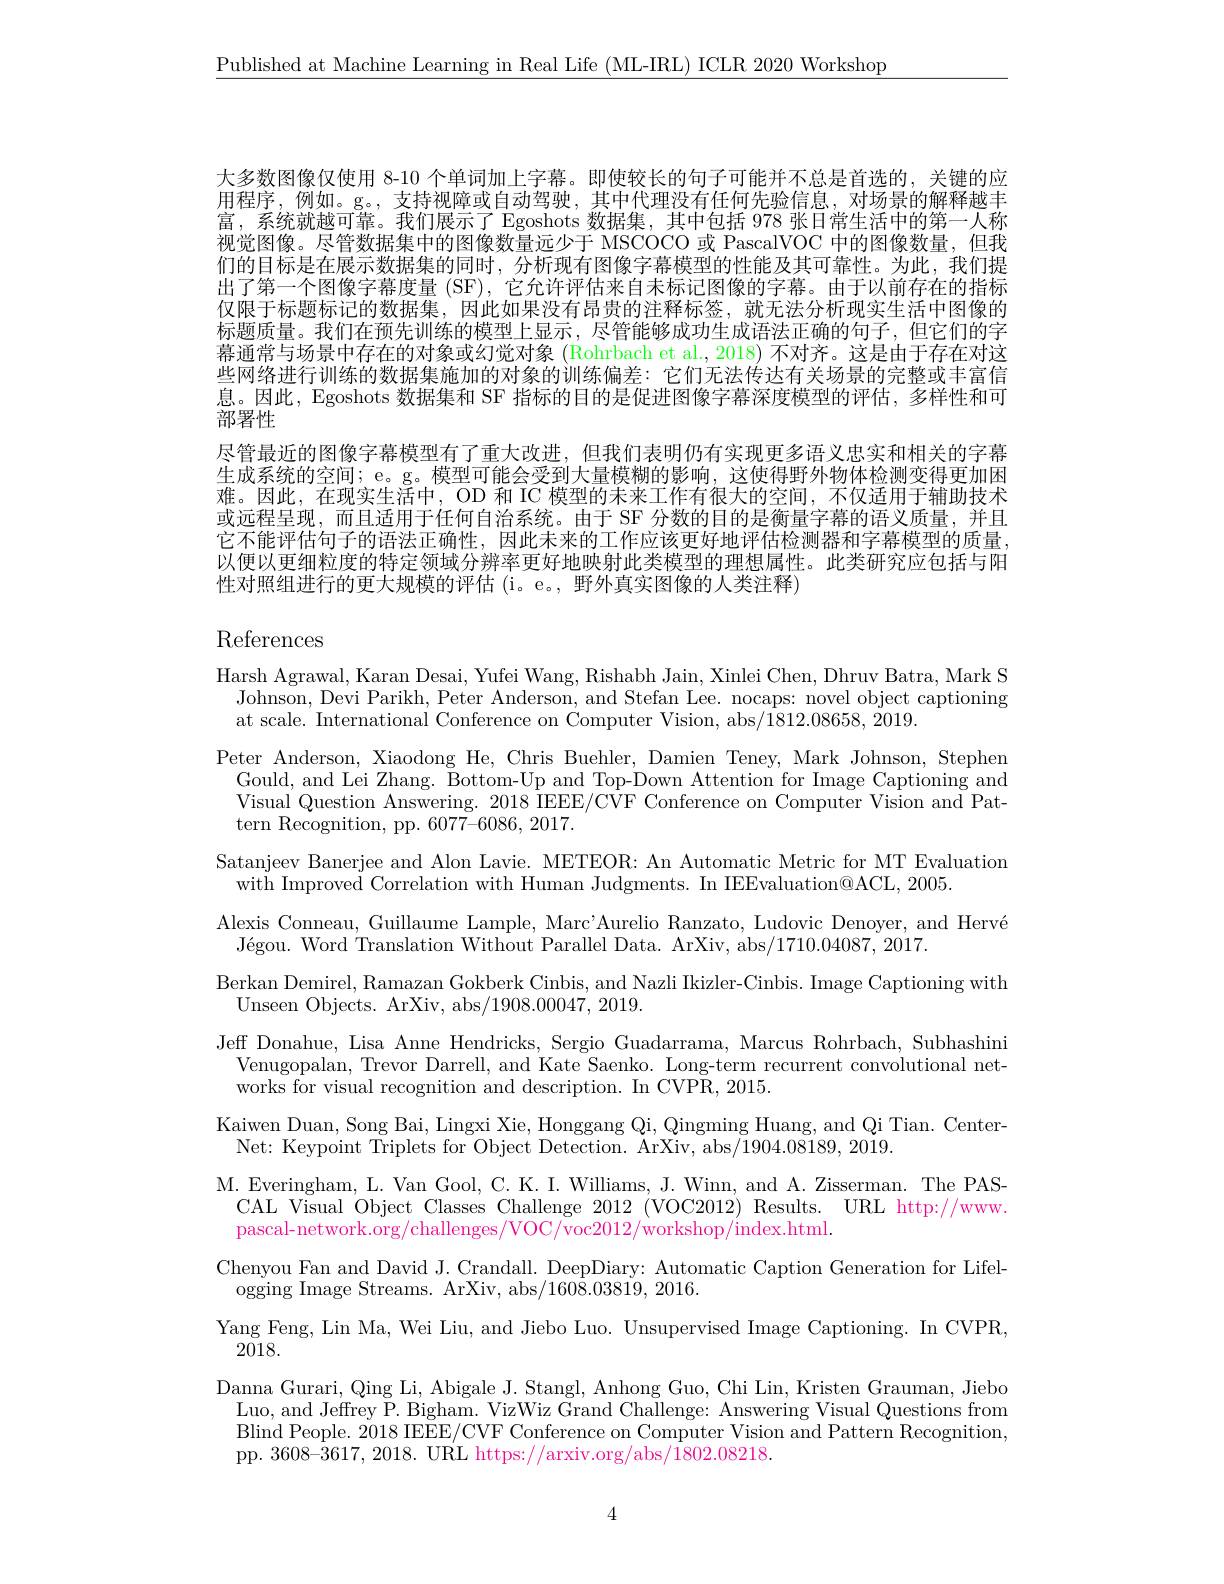
$\underline{\text{Published at Machine Learning in Real Life (ML-IRL) ICLR 2020 Workshop}}$

大多数图像仅使用 8-10 个单词加上字幕。即使较长的句子可能并不总是首选的，关键的应用程序，例如。g。,支持视障或自动驾驶，其中代理没有任何先验信息，对场景的解释越丰官 $z_{2}$位非城可告 企行显三乙$z_{2}$ 数中华 出中台托 078 北口学生活中的签富，系统就越可靠。我们展示了 Egoshots 数据集，其中包括 978 张日常生活中的第一人称视觉图像。尽管数据集中的图像数量远少于 MSCOCO 或 PascalVOC 中的图像数量，但我们的目标是在展示数据集的同时，分析现有图像字幕模型的性能及其可靠性。为此，我们提出了第一个图像字幕度量 (SF), 它允许评估来自未标记图像的字幕。由于以前存在的指标仅限于标题标记的数据集，因此如果没有昂贵的注释标签，就无法分析现实生活中图像的标题质量。我们在预先训练的模型上显示，尽管能够成功生成语法正确的句子，但它们的字幕通常与场景中存在的对象或幻觉对象 (Rohrbach et al., 2018) 不对齐。这是由于存在对这些网络进行训练的数据集施加的对象的训练偏差：它们无法传达有关场景的完整或丰富信息。因此，Egoshots 数据集和 SF 指标的目的是促进图像字幕深度模型的评估，多样性和可部署性
尽管最近的图像字幕模型有了重大改进，但我们表明仍有实现更多语义忠实和相关的字幕生成系统的空间；e。g。模型可能会受到大量模糊的影响，这使得野外物体检测变得更加困难。因此，在现实生活中，OD 和 IC 模型的未来工作有很大的空间，不仅适用于辅助技术或远程呈现，而且适用于任何自治系统。由于 SF 分数的目的是衡量字幕的语义质量，并且它不能评估句子的语法正确性，因此未来的工作应该更好地评估检测器和字幕模型的质量： 以便以更细粒度的特定领域分辨率更好地映射此类模型的理想属性。此类研究应包括与阳性对照组进行的更大规模的评估 (i。e。, 野外真实图像的人类注释)

### References

Harsh Agrawal, Karan Desai, Yufei Wang, Rishabh Jain, Xinlei Chen, Dhruv Batra, Mark S Johnson, Devi Parikh, Peter Anderson, and Stefan Lee. nocaps: novel object captioning at scale. International Conference on Computer Vision, abs/1812.08658, 2019.
Peter Anderson, Xiaodong He, Chris Buehler, Damien Teney, Mark Johnson, Stephen
Gould, and Lei Zhang. Bottom-Up and Top-Down Attention for Image Captioning and Visual Question Answering. 2018 IEEE/CVF Conference on Computer Vision and Pattern Recognition, pp. 6077-6086, 2017.
Satanjeev Banerjee and Alon Lavie. METEOR: An Automatic Metric for MT Evaluation
with Improved Correlation with Human Judgments. In IEEvaluation@ACL, 2005.
Alexis Conneau, Guillaume Lample, Marc'Aurelio Ranzato, Ludovic Denoyer, and Hervé
$\text{J\' {e}gou. WordTranslationWithoutParallelData. ArXiv, abs/ 1710. 04087, 2017. }$
Berkan Demirel, Ramazan Gokberk Cinbis, and Nazli Ikizler-Cinbis. Image Captioning with
Unseen Objects. ArXiv, abs/1908.00047, 2019.
Jeff Donahue, Lisa Anne Hendricks, Sergio Guadarrama, Marcus Rohrbach, Subhashini
Venugopalan, Trevor Darrell, and Kate Saenko. Long-term recurrent convolutional net-
works for visual recognition and description. In CVPR, 2015.
Kaiwen Duan, Song Bai, Lingxi Xie, Honggang Qi, Qingming Huang, and Qi Tian. Center-
Net: Keypoint Triplets for Object Detection. ArXiv, abs/1904.08189, 2019.
M. Everingham, L. Van Gool, C. K. I. Williams, J. Winn, and A. Zisserman. The PAS-
CAL Visual Object Classes Challenge 2012 (VOC2012) Results. URL http://www.
pascal-network.org/challenges/VOC/voc2012/workshop/index.html.
Chenyou Fan and David J. Crandall. DeepDiary: Automatic Caption Generation for Lifel-
ogging Image Streams. ArXiv, abs/ 1608. 03819, 2016.
Yang Feng, Lin Ma, Wei Liu, and Jiebo Luo. Unsupervised Image Captioning. In CVPR,
$2\bar{018}.$
Danna Gurari, Qing Li, Abigale J. Stangl, Anhong Guo, Chi Lin, Kristen Grauman, Jiebo
Luo, and Jeffrey P. Bigham. VizWiz Grand Challenge: Answering Visual Questions from Blind People. 2018 IEEE/CVF Conference on Computer Vision and Pattern Recognition, pp. 3608-3617, 2018. URL https://arxiv.org/abs/1802.08218.

4